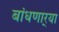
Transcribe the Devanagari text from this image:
बांधणार्‍या